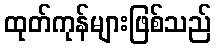
ထုတ်ကုန်များဖြစ်သည်